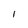
Character: I